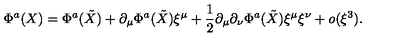
\Phi ^ { a } ( X ) = \Phi ^ { a } ( \tilde { X } ) + \partial _ { \mu } \Phi ^ { a } ( \tilde { X } ) \xi ^ { \mu } + \frac { 1 } { 2 } \partial _ { \mu } \partial _ { \nu } \Phi ^ { a } ( \tilde { X } ) \xi ^ { \mu } \xi ^ { \nu } + o ( \xi ^ { 3 } ) .